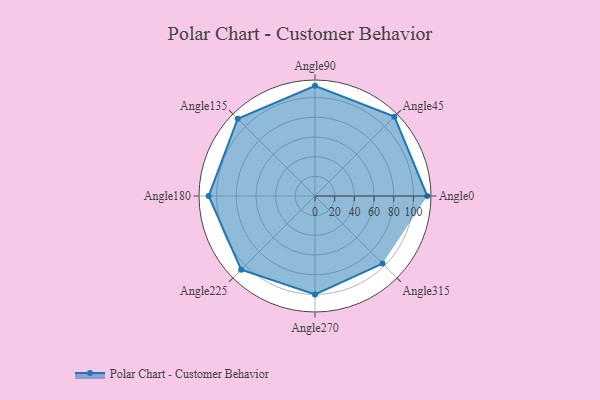
{"axis": {"x": "Angle", "y": "Radius"}, "legend": [""], "data": [{"x": "Angle0", "y": 114.0, "type": ""}, {"x": "Angle45", "y": 114.0, "type": ""}, {"x": "Angle90", "y": 112.0, "type": ""}, {"x": "Angle135", "y": 111.0, "type": ""}, {"x": "Angle180", "y": 108.0, "type": ""}, {"x": "Angle225", "y": 106.0, "type": ""}, {"x": "Angle270", "y": 100.0, "type": ""}, {"x": "Angle315", "y": 97.0, "type": ""}]}